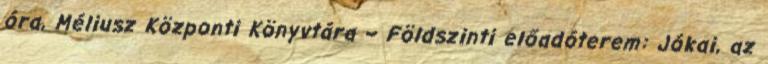
óra, Méliusz Központi Könyvtára – Földszinti előadóterem: Jókai, az